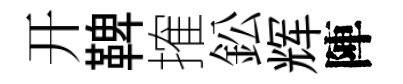
开鞞搉鈆辉陣